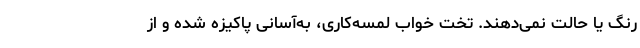
رنگ یا حالت نمی‌دهند. تخت خواب لمسه‌کاری، به‌آسانی پاکیزه شده و از